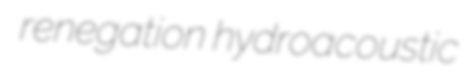
renegation hydroacoustic